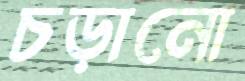
চড়ানো